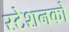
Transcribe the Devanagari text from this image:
स्टेशनको